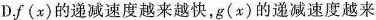
D.f(x)的递减速度越来越快，g(x)的递减速度越来